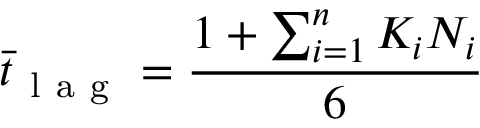
\bar { t } _ { \mathrm { ~ l ~ a ~ g ~ } } = \frac { 1 + \sum _ { i = 1 } ^ { n } K _ { i } N _ { i } } { 6 }